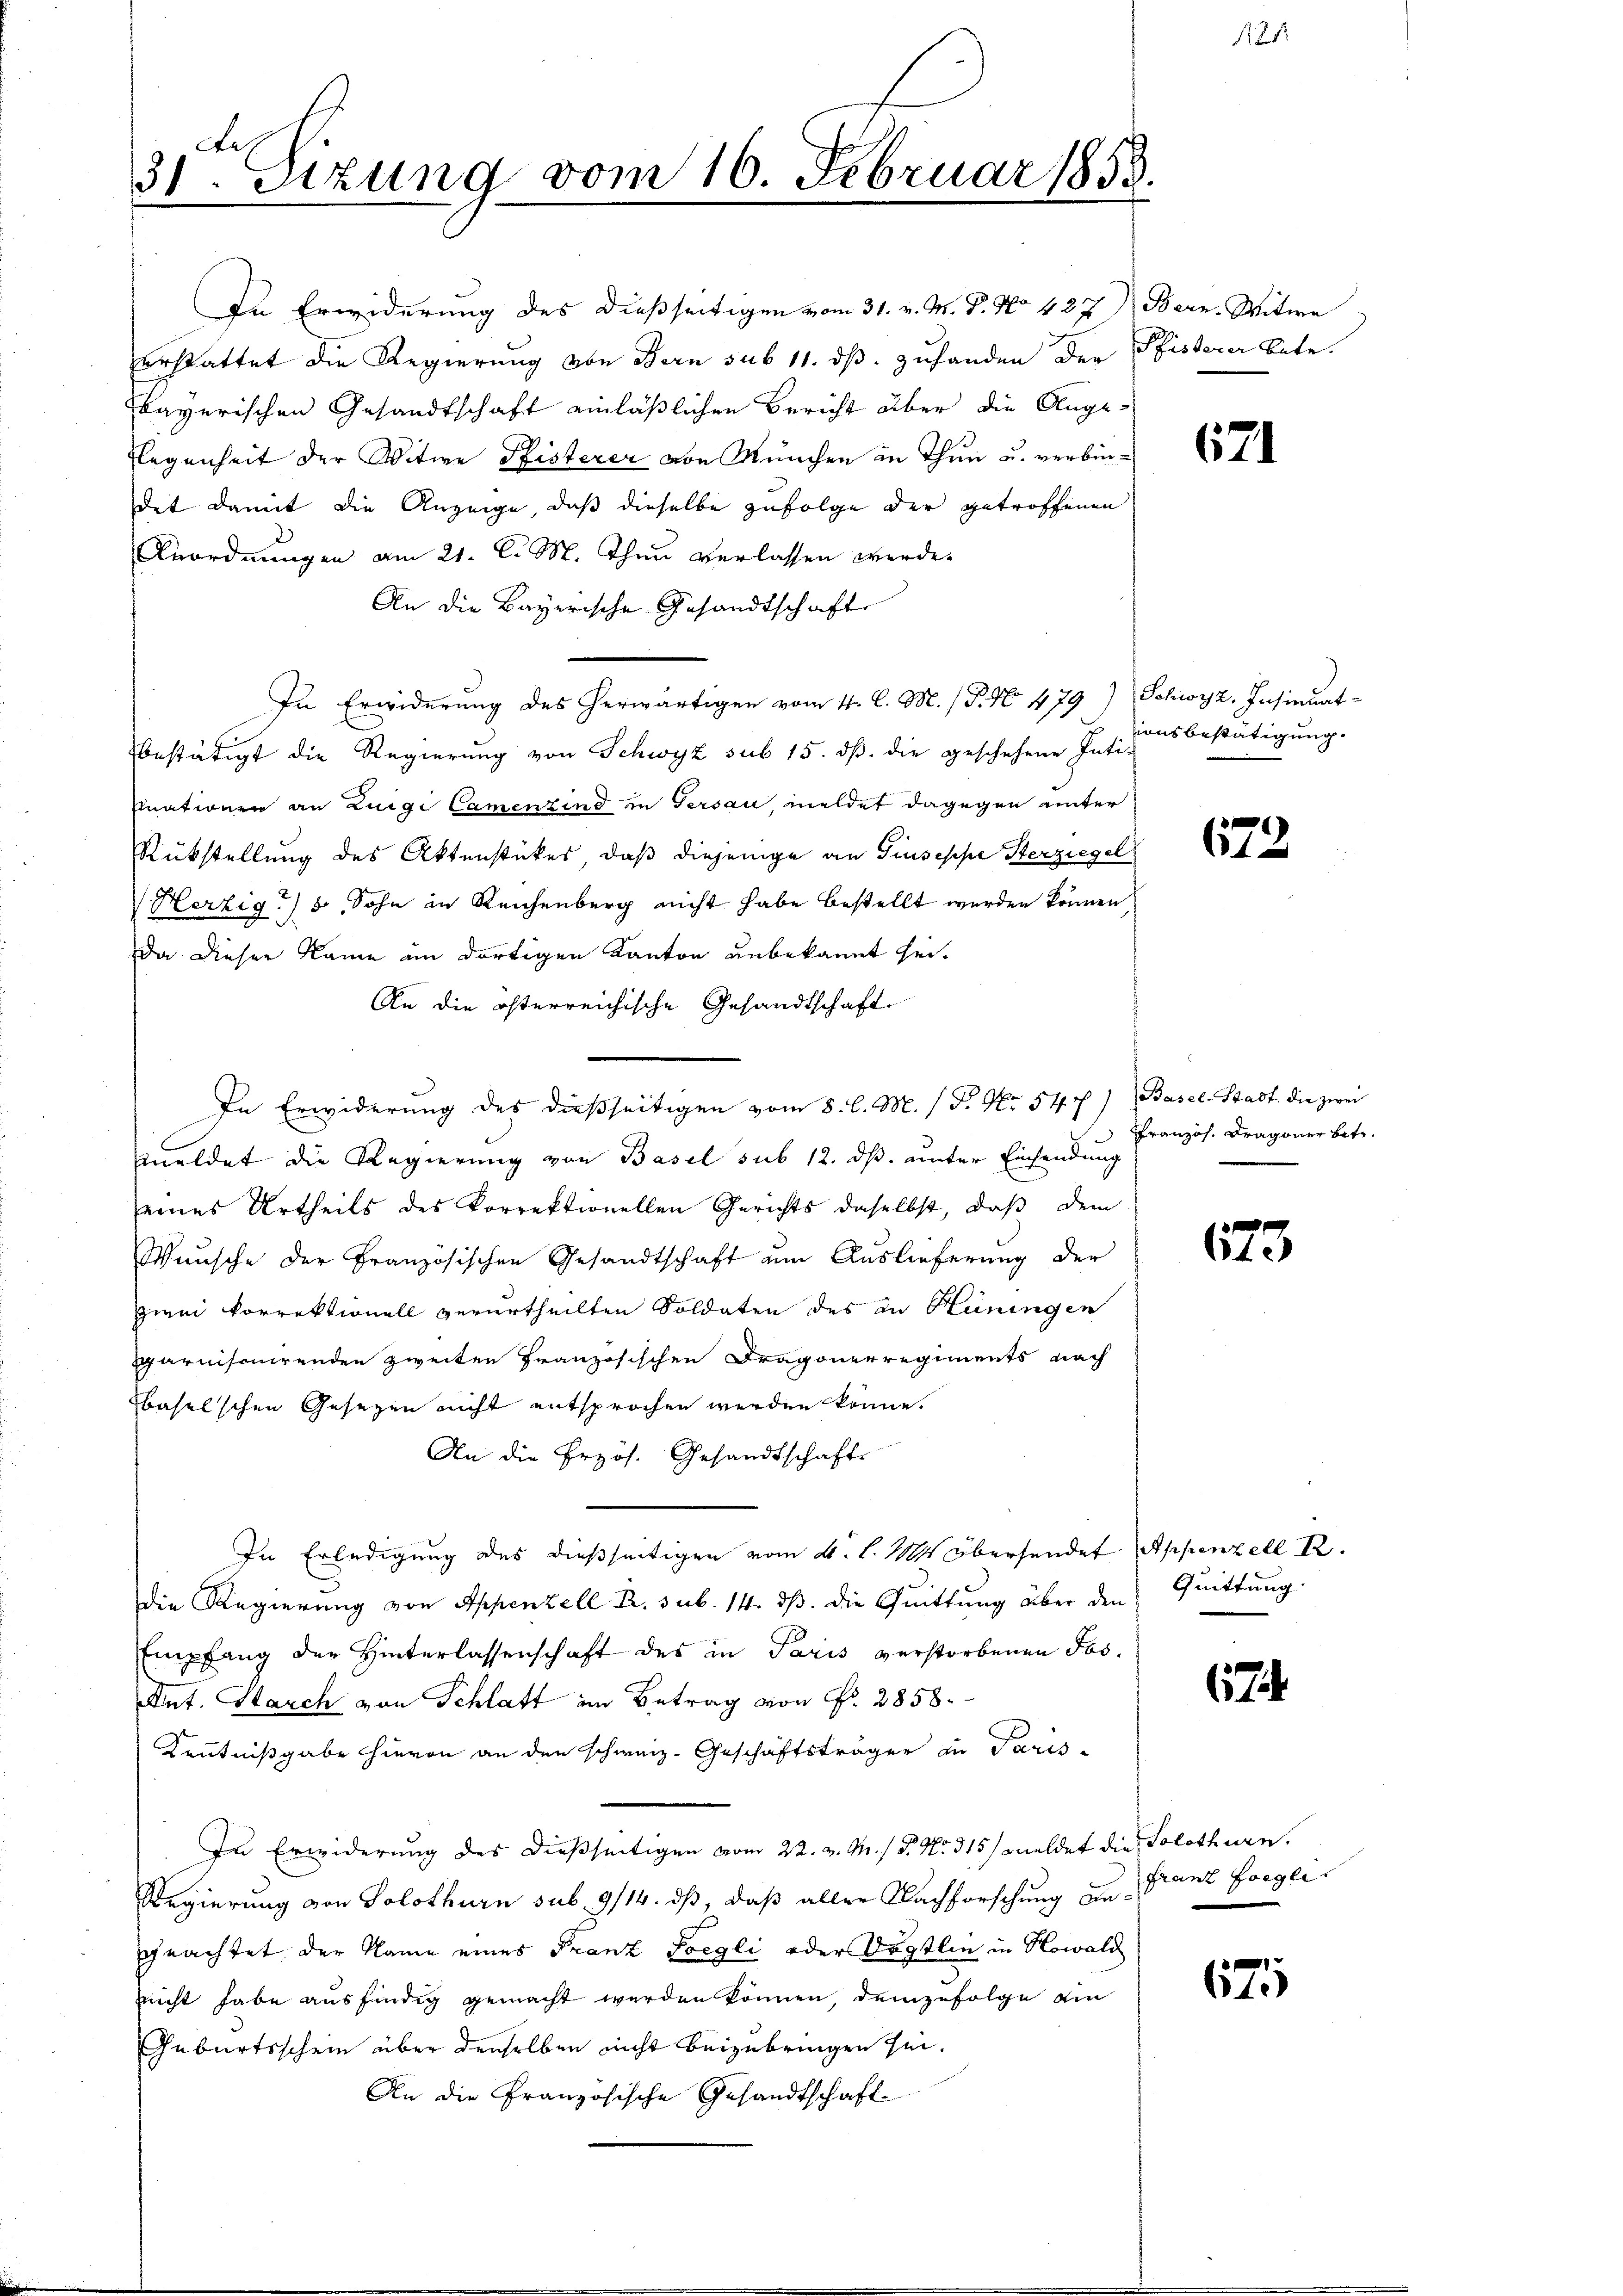
e
31. Sitzung vom 16. Februar 1858.

In Erwiderung des dießseitigen vom 31. v. M. D. No. 427) Bern. Witwe
erstattet die Regierung von Bern sub 11. ds. zuhanden der Pfisterer Bote.
bayerischen Gesandtschaft einläßlichen Bericht über die Auge¬
Flegenheit der Witwe Pfisterer von München in Thun u. verbindet damit die Anzeige, daß dieselbe zufolge der getroffenen
Anordnungen am 21. l. M. Thun verlassen werde.
An die Bayerische Gesandtschaft
In Erwiderung des herwärtigen vom 4. l. M. P. No 479) Schwyz, Insinuat-
bestätigt die Regierŭng von Schwyz sub 15. dβ. die geschehene Insitonsbestätigŭng.
Einationen an Luigi Camenzind in Tersau, meldet dagegen unter
Rückstellung des Aktenstückes, daß diejenige an Giuseppe Sterziegel
Herzig) 8, Sohn in Reichenberg nicht habe bestellt werden können
a dieser Name im dortigen Kanton unbekannt sei.
An die österreichische Gesandtschaft
In Erwiderung des dießseitigen vom 8. l. M. / P. Nr. 547) Basel-Stadt die zwei
meldet die Regierung von Basel sub 12. ds. unter Einsendung
seines Urtheils des korrektionellen Gerichts daselbst, daß dem
Wunsche der Französischen Gesandtschaft um Auslieferung der
zien Vorrektionell verurtheilten Soldaten des in Hüningen
garnisonirenden zweiten Französischen Dragonerregiments nach
baselschen Gesezen nicht entsprochen werden könne.
An die Przös. Gesandtschaft
In Erledigung des dießseitigen vom 4. l. 1884 übersendet Appenzell I.
die Regierung von Appenzell R. sub. 14. ds. die Quittung über den Quittung.
Empfang der Hinterlassenschaft des in Paris verstorbenen Jos.
Ant. Starch von Schlatt im Betrag von Fr. 2858.
Kenntnißgabe hievon an den schweiz. Geschäftsträger in Paris
In Erwiderung des dießseitigen vom 22. v. M. P. Nr. 315/ meldet die Solothurn.
Regierung von Solothurn sub. 9/14. ds, daß aller Nachforschung zu Franz Foegli
geachtet der Name eines Franz Foegli oder Dogtlin in Kowald
nicht habe ausfindig gemacht werden können, demzufolge ein
Geburtsschein über denselben nicht beizubringen sei.
An die Französische Gesandtschaft

1

621

672

Französ. Dragoner betr.

e
64

7

67